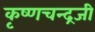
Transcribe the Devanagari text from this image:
कृष्‍णचन्‍द्रजी